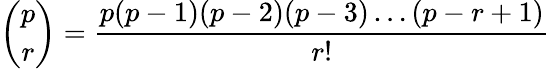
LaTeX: \binom{p}{r}={\frac{p(p-1)(p-2)(p-3)\dots(p-r+1)}{r!}}